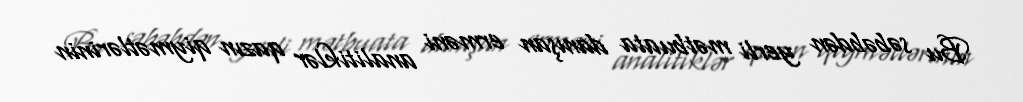
Bu səbəbdən yerli mətbuata danışan erməni analitiklər qazın qiymətlərinin